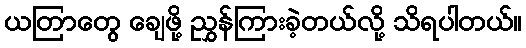
ယတြာတွေ ချေဖို့ ညွှန်ကြားခဲ့တယ်လို့ သိရပါတယ်။